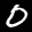
Label: 0